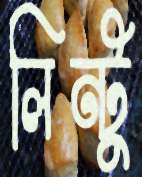
লিন্টু